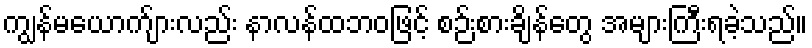
ကျွန်မယောက်ျားလည်း နာလန်ထဘဝဖြင့် စဉ်းစားချိန်တွေ အများကြီးရခဲ့သည်။